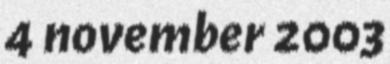
4 november 2003